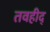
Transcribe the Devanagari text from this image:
तवहीद्